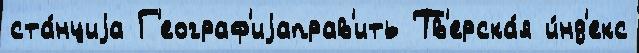
ста́нциjа Г'еограф'иjаправ'ить Тв'ерска́я и́нд'екс